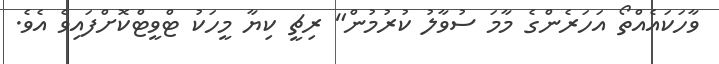
ވާހަކައެއްތޯ އަހަރެންގެ މާމަ ސުވާލު ކުރުމުން" ރިޗީ ކިޔާ މީހަކު ޓްވީޓްކޮށްފައިވެ އެވެ.